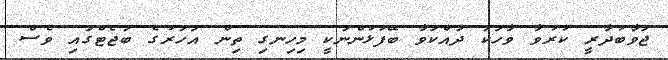
ޖަވާބުދާރީ ކުރުވާ ވާހަކަ ދައްކަވާ ބޭފުޅުންނަކީ މިހިނގި ތިން އަހަރުގެ ބަޖެޓްގައި ވެސް